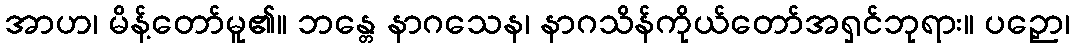
အာဟ၊ မိန့်တော်မူ၏။ ဘန္တေ နာဂသေန၊ နာဂသိန်ကိုယ်တော်အရှင်ဘုရား။ ပဉှော၊